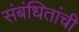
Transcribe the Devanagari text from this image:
संबंधितांची